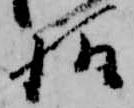
様